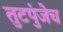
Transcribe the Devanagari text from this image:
तुटपुंजेच